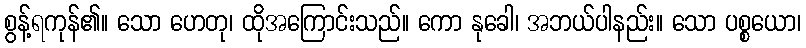
စွန့်ရကုန်၏။ သော ဟေတု၊ ထိုအကြောင်းသည်။ ကော နုခေါ၊ အဘယ်ပါနည်း။ သော ပစ္စယော၊